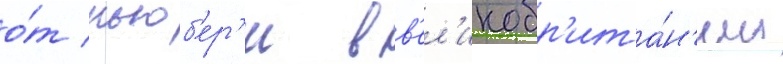
о́т ньюб'ер'и в в'ел'икобр'ита́н'ии